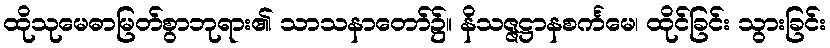
ထိုသုမေဓာမြတ်စွာဘုရား၏ သာသနာတော်၌။ နိသဇ္ဇဋ္ဌာနစင်္ကမေ၊ ထိုင်ခြင်း သွားခြင်း